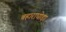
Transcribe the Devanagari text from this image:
बहाराघोड़ा